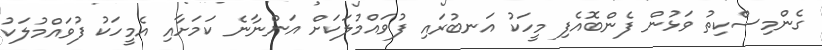
ގެންމިސްކިތު ވަޅުން ފެންބޮއެފި މީހަކު އަނބުރައި ފުވައްމުލަކަށް އަންނާނެ ކަމަށާއި އެމީހަކު ފުވައްމުލަކު